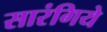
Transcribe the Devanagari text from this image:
सारंगिये